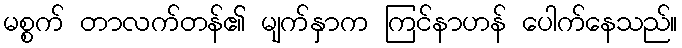
မစ္စက် တာလက်တန်၏ မျက်နှာက ကြင်နာဟန် ပေါက်နေသည်။